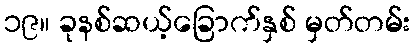
၁၉။ ခုနစ်ဆယ့်ခြောက်နှစ် မှတ်တမ်း